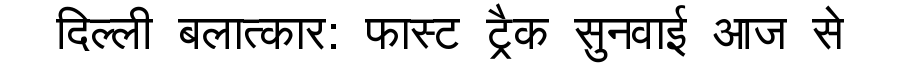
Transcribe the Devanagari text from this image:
दिल्ली बलात्कार: फास्ट ट्रैक सुनवाई आज से